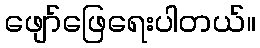
ဖျော်ဖြေရေးပါတယ်။